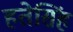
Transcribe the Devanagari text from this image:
हतेसिंह